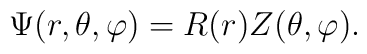
\Psi(r,\theta,\varphi) = R(r) Z(\theta,\varphi).